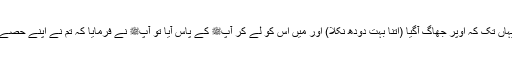
اس میں مَیں نے دودھ دوہا، یہاں تک کہ اوپر جھاگ آگیا (اتنا بہت دودھ نکلا) اور میں اس کو لے کر آپﷺ کے پاس آیا تو آپﷺ نے فرمایا کہ تم نے اپنے حصے کا دودھ رات کو پیا یا نہیں؟